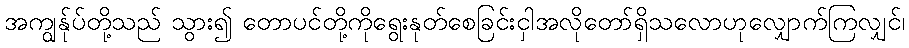
အကျွန်ုပ်တို့သည် သွား၍ တောပင်တို့ကိုရွေးနုတ်စေခြင်းငှါအလိုတော်ရှိသလောဟုလျှောက်ကြလျှင်၊